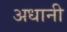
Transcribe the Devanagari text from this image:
अधानी